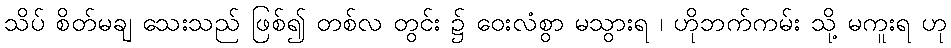
သိပ် စိတ်မချ သေးသည် ဖြစ်၍ တစ်လ တွင်း ၌ ဝေးလံစွာ မသွားရ ၊ ဟိုဘက်ကမ်း သို့ မကူးရ ဟု